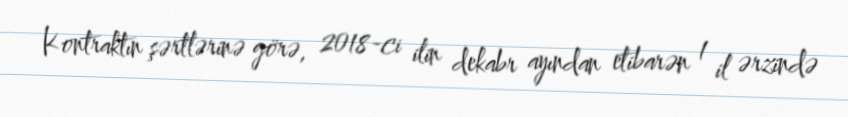
Kontraktın şərtlərinə görə, 2018-ci ilin dekabr ayından etibarən 1 il ərzində